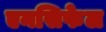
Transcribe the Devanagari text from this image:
एनसिफेल